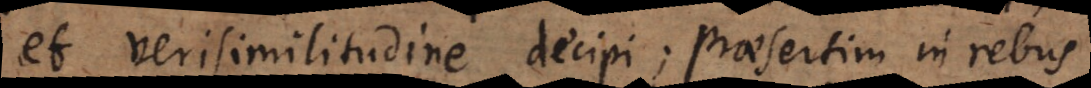
et verisimilitudine decipi; praesertim in rebus